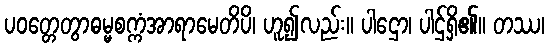
ပဝတ္တေတွာဓမ္မစက္ကံအာရာမေတိပိ၊ ဟူ၍လည်း။ ပါဌော၊ ပါဌ်ရှိ၏။ တဿ၊